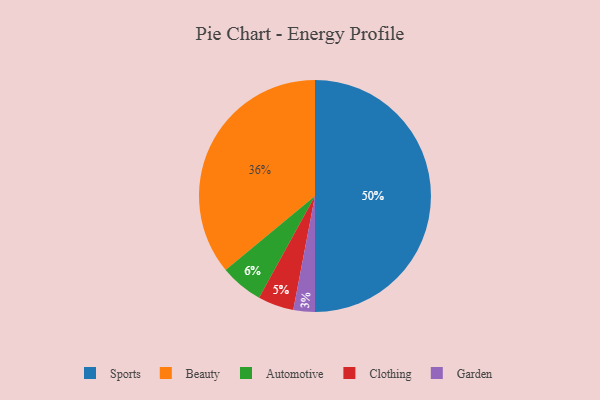
{"axis": {"x": "Category", "y": "Percentage"}, "legend": ["Automotive", "Beauty", "Clothing", "Garden", "Sports"], "data": [{"x": "Clothing", "y": 5, "type": "Clothing"}, {"x": "Sports", "y": 50, "type": "Sports"}, {"x": "Beauty", "y": 36, "type": "Beauty"}, {"x": "Automotive", "y": 6, "type": "Automotive"}, {"x": "Garden", "y": 3, "type": "Garden"}]}